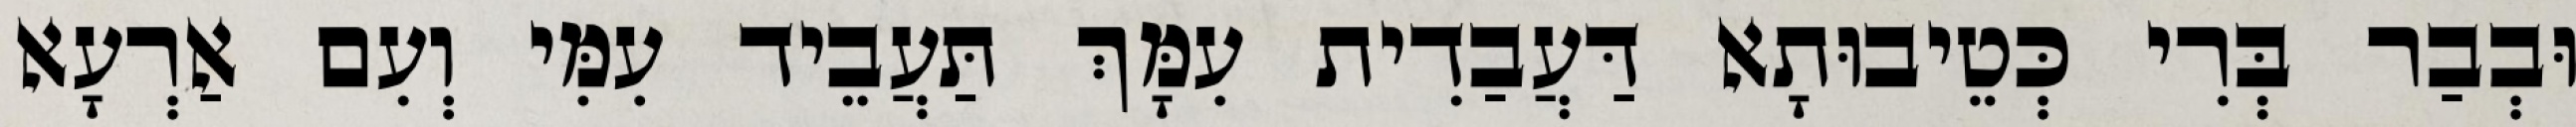
וּבְבַר בְּרִי כְּטֵיבוּתָא דַּעֲבַדִית עִמָּךְ תַּעֲבֵיד עִמִּי וְעִם אַרְעָא